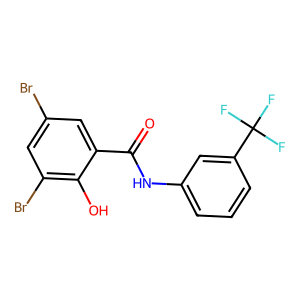
SMILES: O=C(Nc1cccc(C(F)(F)F)c1)c1cc(Br)cc(Br)c1O
Inhibits HIV replication: No